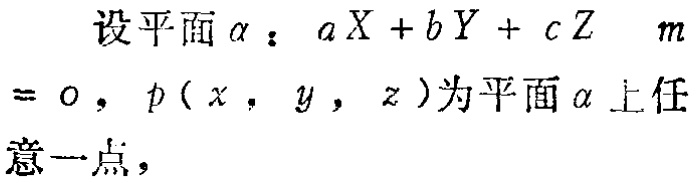
设平面\(\alpha\)：\(aX + bY + cZ + m = 0\)，\(p(x,y,z)\)为平面\(\alpha\)上任意一点，